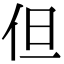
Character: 但